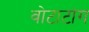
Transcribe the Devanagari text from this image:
वोटाटांग